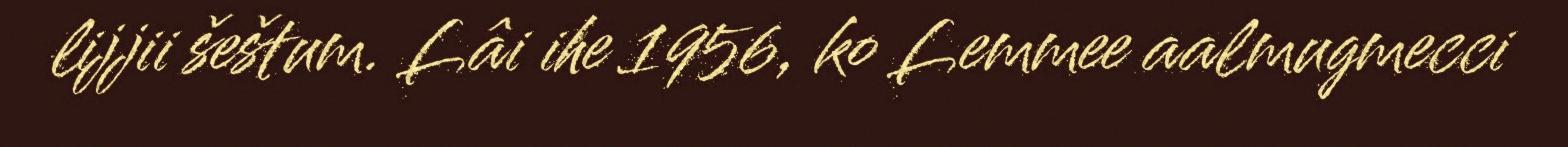
lijjii šeštum. Lâi ihe 1956, ko Lemmee aalmugmecci